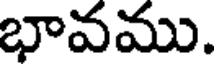
భావము.